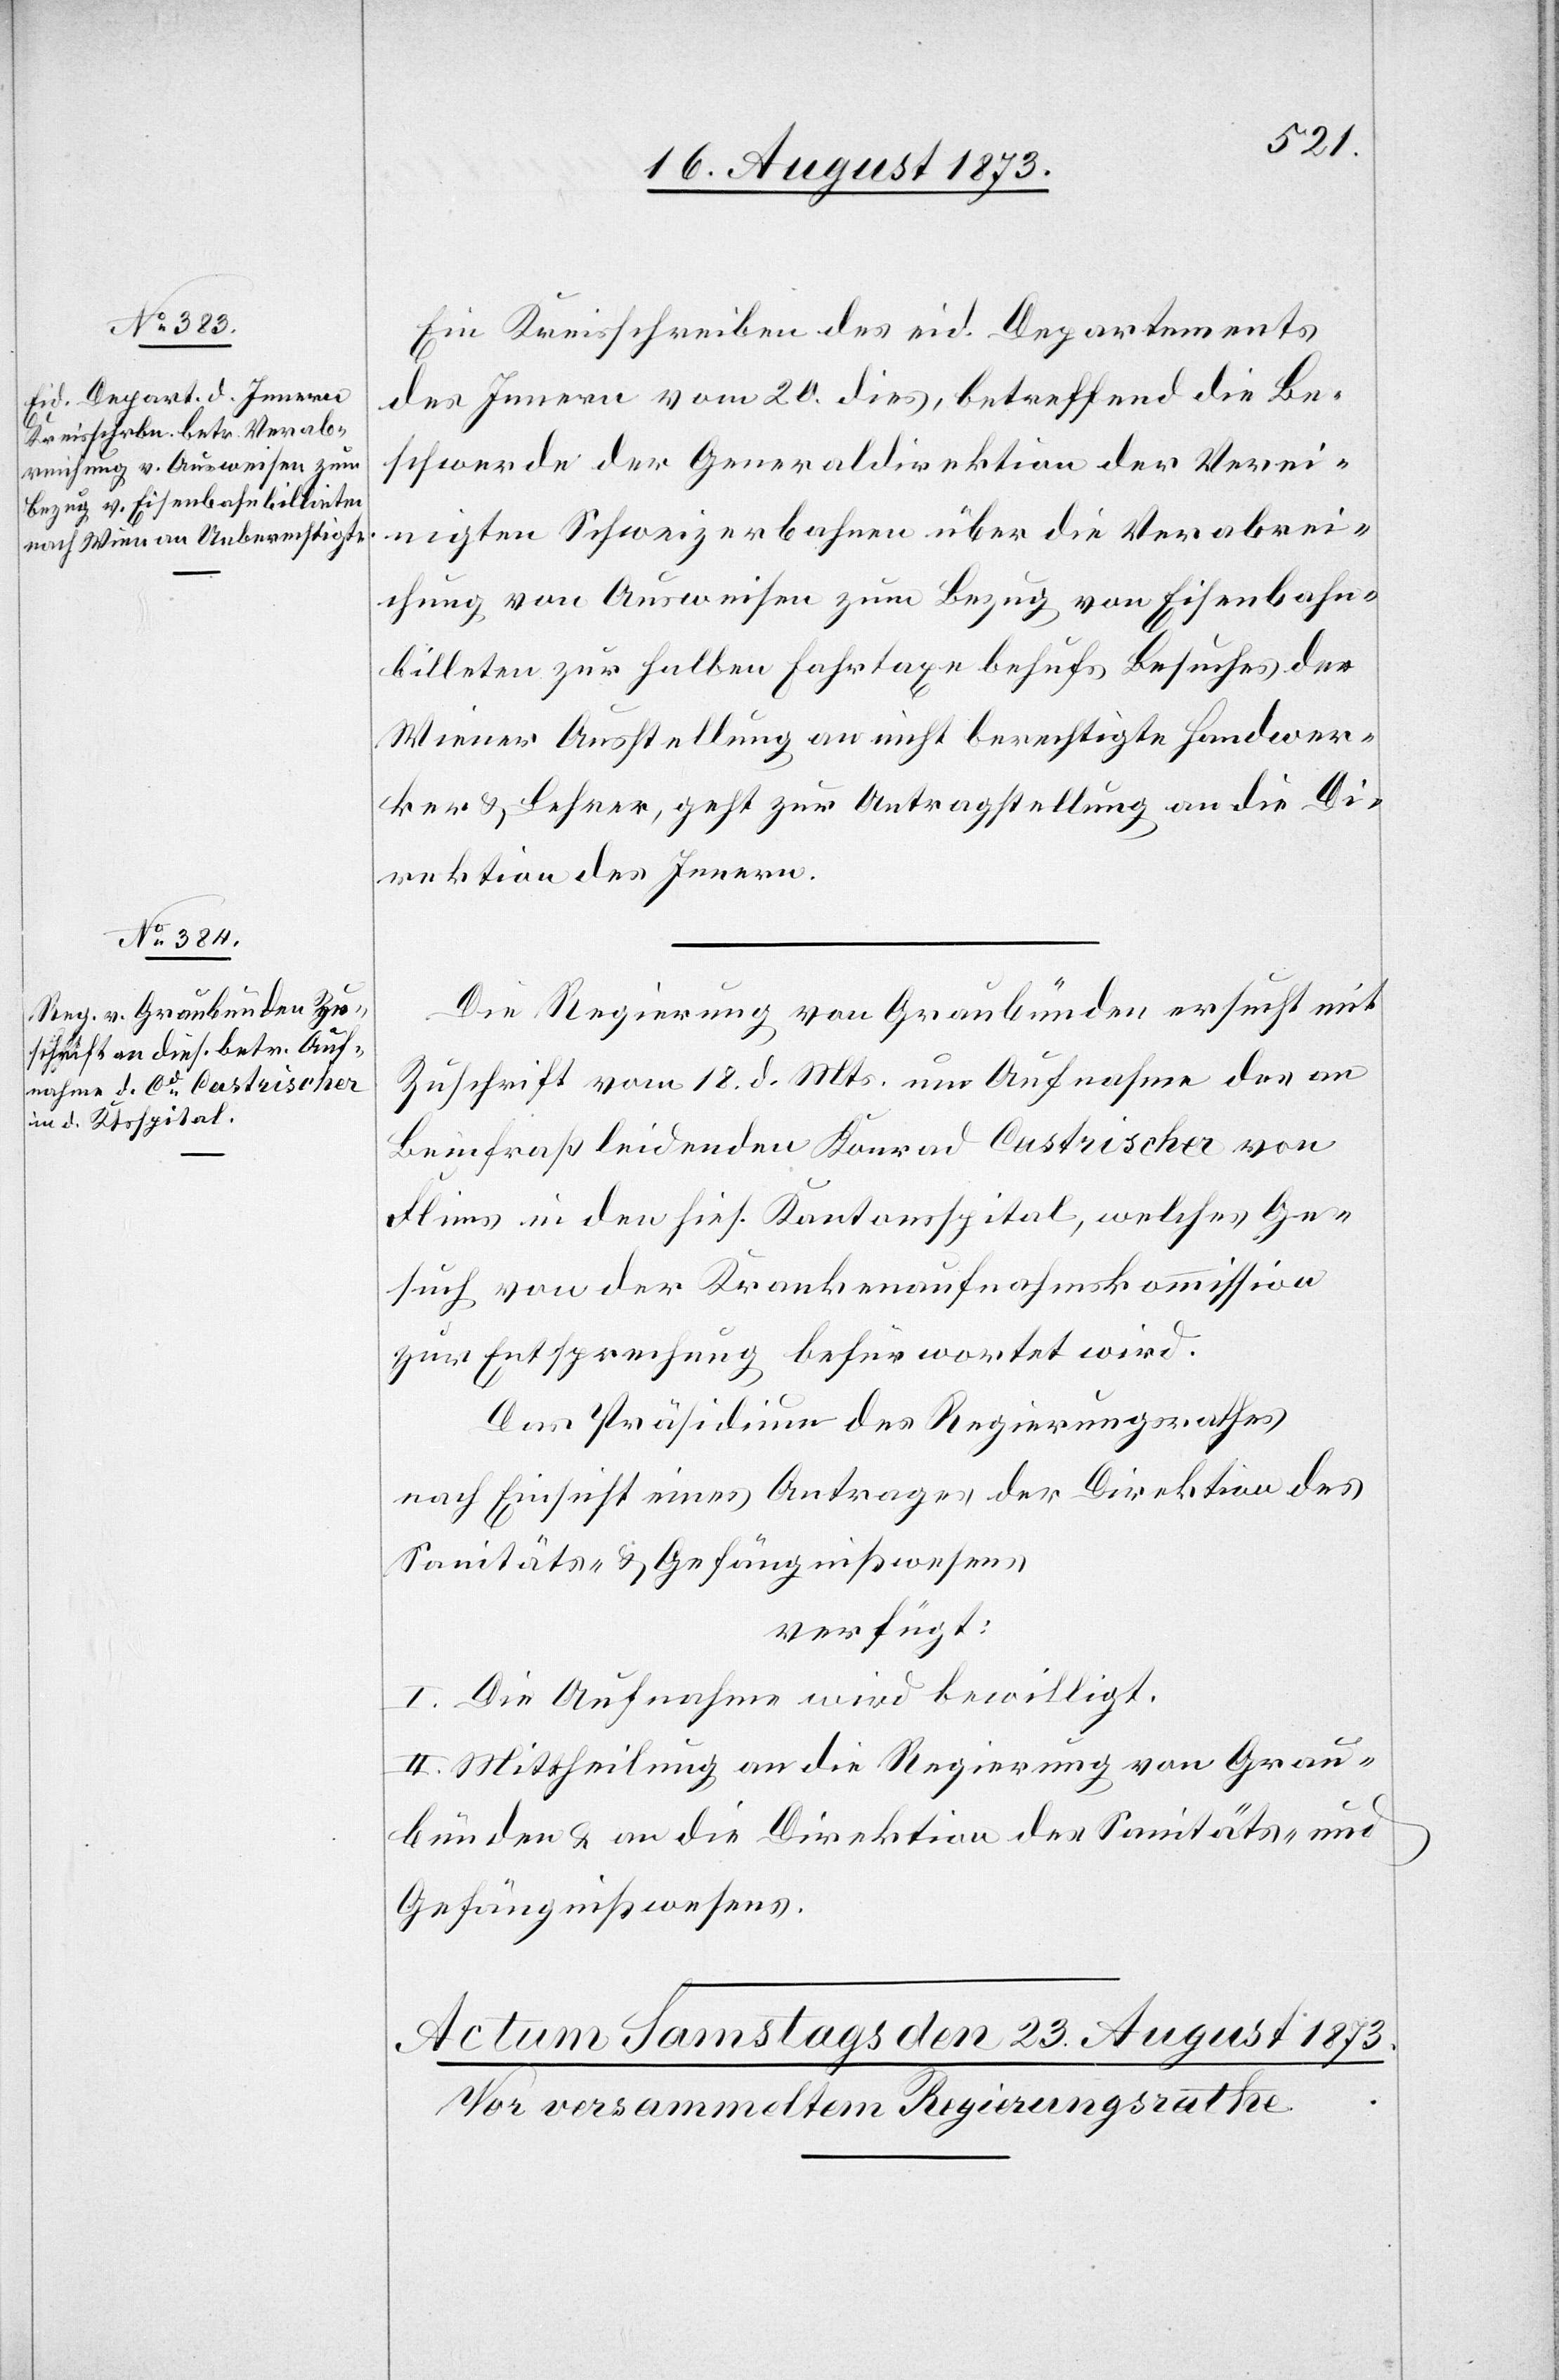
22. August 1873.]
Ein Kreisschreiben des eid. Departements
des Innern vom 20. dies, betreffend die Be¬
schwerde der Generaldirektion der Verei¬
nigten Schweizerbahnen über die Verabrei¬
chung von Ausweisen zum Bezug von Eisenbahn¬
billeten zur halben Fahrtaxe behufs Besuches der
Wiener Ausstellung an nicht berechtigte Handwer¬
ker & Lehrer, geht zur Antragstellung an die Di¬
rektion des Innern.
Die Regierung von Graubünden ersucht mit
Zuschrift vom 18. d. Mts. um Aufnahme des an
Beinfraß leidenden Konrad Castrischer von
Flims in den hies. Kantonsspital, welches Ge¬
such von der Krankenaufnahmskommission
zur Entsprechung befürwortet wird.
Das Präsidium des Regierungsrathes
nach Einsicht eines Antrages der Direktion des
Sanitäts- & Gefängnißwesens
verfügt:
I. Die Aufnahme wird bewilligt.
II. Mittheilung an die Regierung von Grau¬
bünden & an die Direktion des Sanitäts- und
Gefängnißwesens.